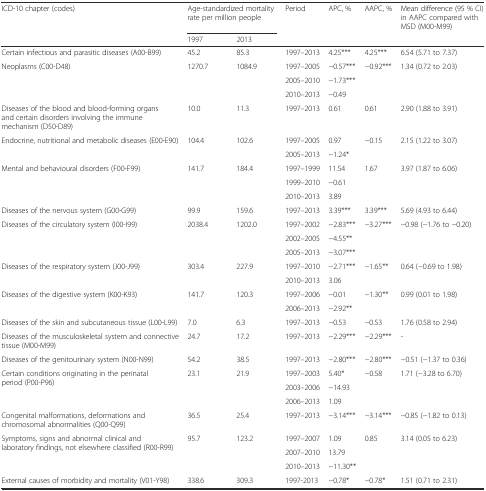
<table><thead><tr><td><b>ICD-10 chapter (codes)</b></td><td colspan="2"><b>Age-standardized mortality rate per million people</b></td><td><b>Period</b></td><td><b>APC, %</b></td><td><b>AAPC, %</b></td><td><b>Mean difference (95 % CI) in AAPC compared with MSD (M00-M99)</b></td></tr><tr><td></td><td><b>1997</b></td><td><b>2013</b></td><td></td><td></td><td></td><td></td></tr></thead><tbody><tr><td>Certain infectious and parasitic diseases (A00-B99)</td><td>45.2</td><td>85.3</td><td>1997–2013</td><td>4.25***</td><td>4.25***</td><td>6.54 (5.71 to 7.37)</td></tr><tr><td rowspan="3">Neoplasms (C00-D48)</td><td rowspan="3">1270.7</td><td rowspan="3">1084.9</td><td>1997–2005</td><td>−0.57***</td><td rowspan="3">−0.92***</td><td rowspan="3">1.34 (0.72 to 2.03)</td></tr><tr><td>2005–2010</td><td>−1.73***</td></tr><tr><td>2010–2013</td><td>−0.49</td></tr><tr><td>Diseases of the blood and blood-forming organs and certain disorders involving the immune mechanism (D50-D89)</td><td>10.0</td><td>11.3</td><td>1997–2013</td><td>0.61</td><td>0.61</td><td>2.90 (1.88 to 3.91)</td></tr><tr><td rowspan="2">Endocrine, nutritional and metabolic diseases (E00-E90)</td><td rowspan="2">104.4</td><td rowspan="2">102.6</td><td>1997–2005</td><td>0.97</td><td rowspan="2">−0.15</td><td rowspan="2">2.15 (1.22 to 3.07)</td></tr><tr><td>2005–2013</td><td>−1.24*</td></tr><tr><td rowspan="3">Mental and behavioural disorders (F00-F99)</td><td rowspan="3">141.7</td><td rowspan="3">184.4</td><td>1997–1999</td><td>11.54</td><td rowspan="3">1.67</td><td rowspan="3">3.97 (1.87 to 6.06)</td></tr><tr><td>1999–2010</td><td>−0.61</td></tr><tr><td>2010–2013</td><td>3.89</td></tr><tr><td>Diseases of the nervous system (G00-G99)</td><td>99.9</td><td>159.6</td><td>1997–2013</td><td>3.39***</td><td>3.39***</td><td>5.69 (4.93 to 6.44)</td></tr><tr><td rowspan="3">Diseases of the circulatory system (I00-I99)</td><td rowspan="3">2038.4</td><td rowspan="3">1202.0</td><td>1997–2002</td><td>−2.83***</td><td rowspan="3">−3.27***</td><td rowspan="3">−0.98 (−1.76 to −0.20)</td></tr><tr><td>2002–2005</td><td>−4.55**</td></tr><tr><td>2005–2013</td><td>−3.07***</td></tr><tr><td rowspan="2">Diseases of the respiratory system (J00-J99)</td><td rowspan="2">303.4</td><td rowspan="2">227.9</td><td>1997–2010</td><td>−2.71***</td><td rowspan="2">−1.65**</td><td rowspan="2">0.64 (−0.69 to 1.98)</td></tr><tr><td>2010–2013</td><td>3.06</td></tr><tr><td rowspan="2">Diseases of the digestive system (K00-K93)</td><td rowspan="2">141.7</td><td rowspan="2">120.3</td><td>1997–2006</td><td>−0.01</td><td rowspan="2">−1.30**</td><td rowspan="2">0.99 (0.01 to 1.98)</td></tr><tr><td>2006–2013</td><td>−2.92**</td></tr><tr><td>Diseases of the skin and subcutaneous tissue (L00-L99)</td><td>7.0</td><td>6.3</td><td>1997–2013</td><td>−0.53</td><td>−0.53</td><td>1.76 (0.58 to 2.94)</td></tr><tr><td>Diseases of the musculoskeletal system and connective tissue (M00-M99)</td><td>24.7</td><td>17.2</td><td>1997–2013</td><td>−2.29***</td><td>−2.29***</td><td>-</td></tr><tr><td>Diseases of the genitourinary system (N00-N99)</td><td>54.2</td><td>38.5</td><td>1997–2013</td><td>−2.80***</td><td>−2.80***</td><td>−0.51 (−1.37 to 0.36)</td></tr><tr><td rowspan="3">Certain conditions originating in the perinatal period (P00-P96)</td><td rowspan="3">23.1</td><td rowspan="3">21.9</td><td>1997–2003</td><td>5.40*</td><td rowspan="3">−0.58</td><td rowspan="3">1.71 (−3.28 to 6.70)</td></tr><tr><td>2003–2006</td><td>−14.93</td></tr><tr><td>2006–2013</td><td>1.09</td></tr><tr><td>Congenital malformations, deformations and chromosomal abnormalities (Q00-Q99)</td><td>36.5</td><td>25.4</td><td>1997–2013</td><td>−3.14***</td><td>−3.14***</td><td>−0.85 (−1.82 to 0.13)</td></tr><tr><td rowspan="3">Symptoms, signs and abnormal clinical and laboratory findings, not elsewhere classified (R00-R99)</td><td rowspan="3">95.7</td><td rowspan="3">123.2</td><td>1997–2007</td><td>1.09</td><td rowspan="3">0.85</td><td rowspan="3">3.14 (0.05 to 6.23)</td></tr><tr><td>2007–2010</td><td>13.79</td></tr><tr><td>2010–2013</td><td>−11.30**</td></tr><tr><td>External causes of morbidity and mortality (V01-Y98)</td><td>338.6</td><td>309.3</td><td>1997-2013</td><td>−0.78*</td><td>−0.78*</td><td>1.51 (0.71 to 2.31)</td></tr></tbody></table>